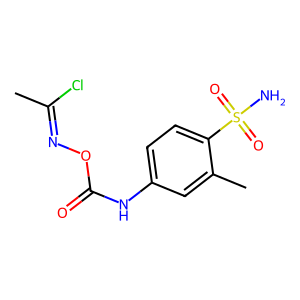
SMILES: CC(Cl)=NOC(=O)Nc1ccc(S(N)(=O)=O)c(C)c1
Inhibits HIV replication: No